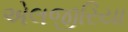
એલજીરિયા